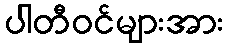
ပါတီဝင်များအား